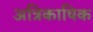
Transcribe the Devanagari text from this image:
अत्रिकाषिक